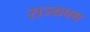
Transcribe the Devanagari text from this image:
राज्यपथ